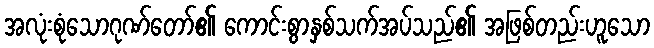
အလုံးစုံသောဂုဏ်တော်၏ ကောင်းစွာနှစ်သက်အပ်သည်၏ အဖြစ်တည်းဟူသော